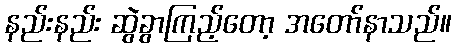
နည်းနည်း ဆွဲခွာကြည့်တော့ အတော်နာသည်။